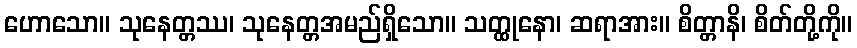
ဟောသော။ သုနေတ္တဿ၊ သုနေတ္တအမည်ရှိသော။ သတ္ထုနော၊ ဆရာအား။ စိတ္တာနိ၊ စိတ်တို့ကို။